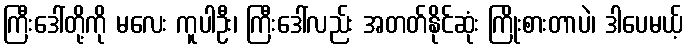
ကြီးဒေါ်တို့ကို မလေး ကူပါဦး၊ ကြီးဒေါ်လည်း အတတ်နိုင်ဆုံး ကြိုးစားတာပဲ၊ ဒါပေမယ့်